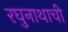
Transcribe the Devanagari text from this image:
रघुनाथाची